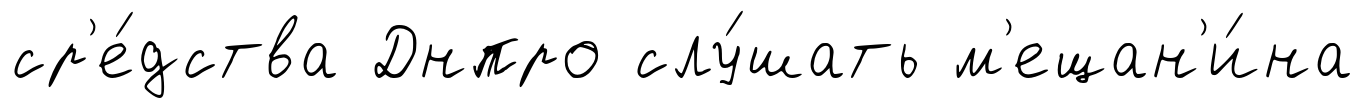
ср'е́дства Днпро слу́шать м'ещан'и́на